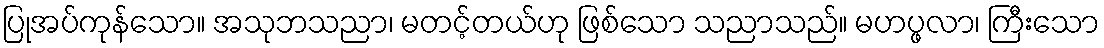
ပြုအပ်ကုန်သော။ အသုဘသညာ၊ မတင့်တယ်ဟု ဖြစ်သော သညာသည်။ မဟပ္ဖလာ၊ ကြီးသော